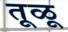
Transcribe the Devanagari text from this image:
तूळू